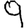
Digit: 9